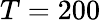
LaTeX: T=200